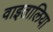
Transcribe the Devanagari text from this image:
वाइतालिया